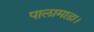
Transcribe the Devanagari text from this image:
पालामाड़ा।